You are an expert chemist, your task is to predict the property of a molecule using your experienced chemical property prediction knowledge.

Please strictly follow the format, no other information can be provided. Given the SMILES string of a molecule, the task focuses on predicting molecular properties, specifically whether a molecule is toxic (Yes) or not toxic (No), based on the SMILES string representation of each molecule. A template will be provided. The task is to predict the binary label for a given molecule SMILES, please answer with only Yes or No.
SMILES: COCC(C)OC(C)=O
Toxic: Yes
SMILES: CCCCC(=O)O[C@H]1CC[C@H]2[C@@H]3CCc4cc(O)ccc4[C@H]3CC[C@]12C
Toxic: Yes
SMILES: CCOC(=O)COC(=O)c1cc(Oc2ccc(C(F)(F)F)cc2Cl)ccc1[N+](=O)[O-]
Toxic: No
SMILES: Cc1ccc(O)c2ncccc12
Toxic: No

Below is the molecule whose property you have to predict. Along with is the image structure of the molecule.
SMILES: O=C(C=Cc1ccccc1)OCc1ccccc1
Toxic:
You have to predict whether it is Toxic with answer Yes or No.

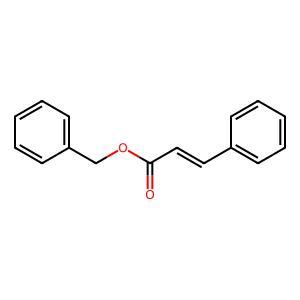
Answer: No